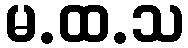
မ.ထ.သ